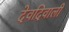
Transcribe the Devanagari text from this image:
देवदिवाली